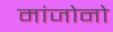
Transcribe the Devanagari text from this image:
मांजोनो